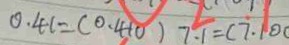
0 . 4 1 = ( 0 . 4 1 0 ) 7 \cdot 1 = ( 7 . 1 0 0